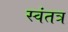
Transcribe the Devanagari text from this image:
स्‍वंतत्र